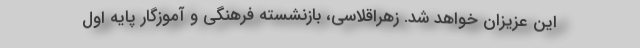
این عزیزان خواهد شد. زهراقلاسی، بازنشسته فرهنگی و آموزگار پایه اول